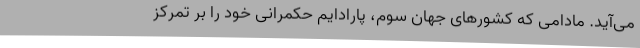
می‌آید. مادامی که کشورهای جهان سوم، پارادایم حکمرانی خود را بر تمرکز